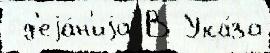
 д'еjа́н'иjа В Ука́за